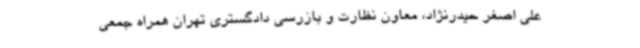
علی اصغر حیدرنژاد، معاون نظارت و بازرسی دادگستری تهران همراه جمعی